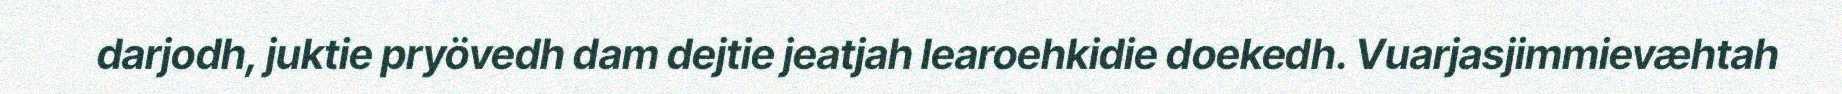
darjodh, juktie pryövedh dam dejtie jeatjah learoehkidie doekedh. Vuarjasjimmievæhtah